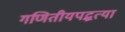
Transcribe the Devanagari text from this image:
गणितीयपद्धत्या